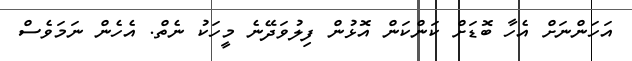
އަހަންނަށް އެހާ ބޮޑަށް ކަންކަން އޮޅުން ފިލުވަދޭނެ މީހަކު ނެތް. އެހެން ނަމަވެސް